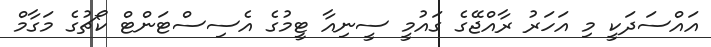
އައްސަދަކީ މި އަހަރު ރާއްޖޭގެ ގައުމީ ސީނިއާ ޓީމުގެ އެސިސްޓަންޓް ކޯޗުގެ މަގާމް